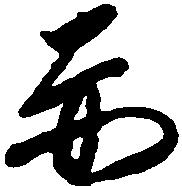
赤